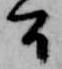
間